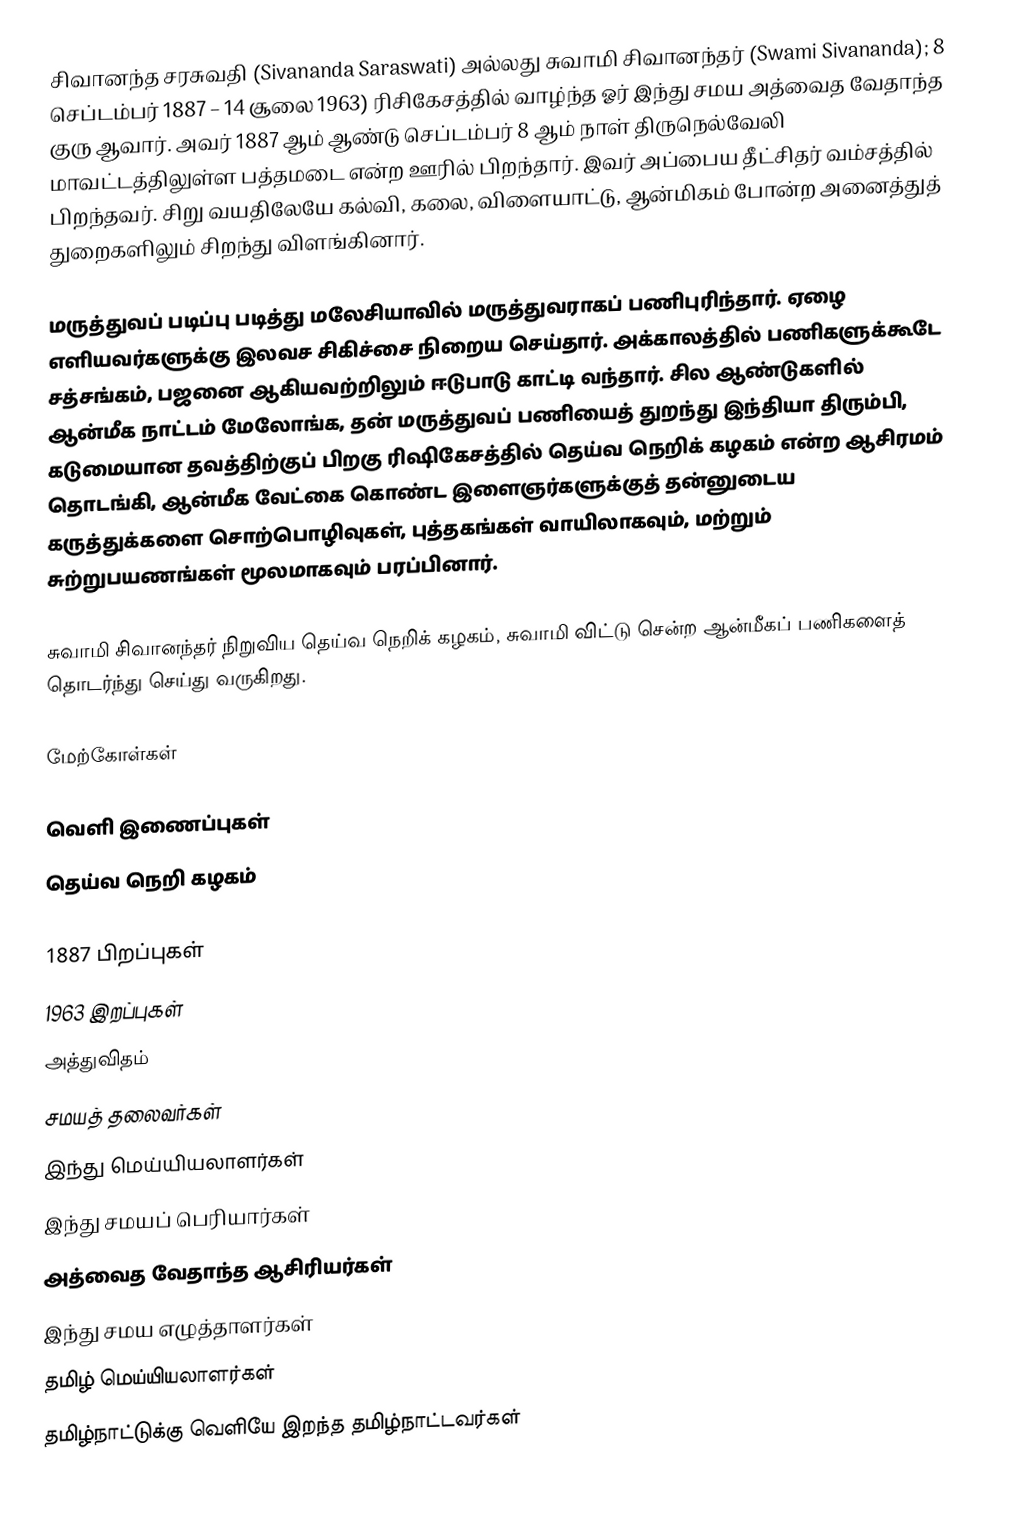
சிவானந்த சரசுவதி (Sivananda Saraswati) அல்லது சுவாமி சிவானந்தர் (Swami Sivananda); 8 செப்டம்பர் 1887 – 14 சூலை 1963)   ரிசிகேசத்தில் வாழ்ந்த ஓர் இந்து சமய அத்வைத வேதாந்த  குரு ஆவார். அவர் 1887 ஆம் ஆண்டு செப்டம்பர் 8 ஆம் நாள் திருநெல்வேலி மாவட்டத்திலுள்ள பத்தமடை என்ற ஊரில்  பிறந்தார். இவர் அப்பைய தீட்சிதர் வம்சத்தில் பிறந்தவர். சிறு வயதிலேயே கல்வி, கலை, விளையாட்டு, ஆன்மிகம் போன்ற அனைத்துத் துறைகளிலும் சிறந்து விளங்கினார்.

மருத்துவப் படிப்பு படித்து மலேசியாவில் மருத்துவராகப் பணிபுரிந்தார்.  ஏழை எளியவர்களுக்கு இலவச சிகிச்சை நிறைய செய்தார். அக்காலத்தில் பணிகளுக்கூடே சத்சங்கம், பஜனை ஆகியவற்றிலும் ஈடுபாடு காட்டி வந்தார். சில ஆண்டுகளில் ஆன்மீக நாட்டம் மேலோங்க, தன் மருத்துவப் பணியைத் துறந்து இந்தியா திரும்பி, கடுமையான தவத்திற்குப் பிறகு ரிஷிகேசத்தில் தெய்வ நெறிக் கழகம் என்ற ஆசிரமம் தொடங்கி, ஆன்மீக வேட்கை கொண்ட இளைஞர்களுக்குத் தன்னுடைய கருத்துக்களை சொற்பொழிவுகள், புத்தகங்கள் வாயிலாகவும், மற்றும் சுற்றுபயணங்கள் மூலமாகவும் பரப்பினார்.

சுவாமி சிவானந்தர் நிறுவிய தெய்வ நெறிக் கழகம், சுவாமி விட்டு சென்ற ஆன்மீகப் பணிகளைத் தொடர்ந்து செய்து வருகிறது.

மேற்கோள்கள்

வெளி இணைப்புகள்
தெய்வ நெறி கழகம்

1887 பிறப்புகள்
1963 இறப்புகள்
அத்துவிதம்
சமயத் தலைவர்கள்
இந்து மெய்யியலாளர்கள்
இந்து சமயப் பெரியார்கள்
அத்வைத வேதாந்த ஆசிரியர்கள்
இந்து சமய எழுத்தாளர்கள்
தமிழ் மெய்யியலாளர்கள்
தமிழ்நாட்டுக்கு வெளியே இறந்த தமிழ்நாட்டவர்கள்